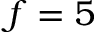
f = 5